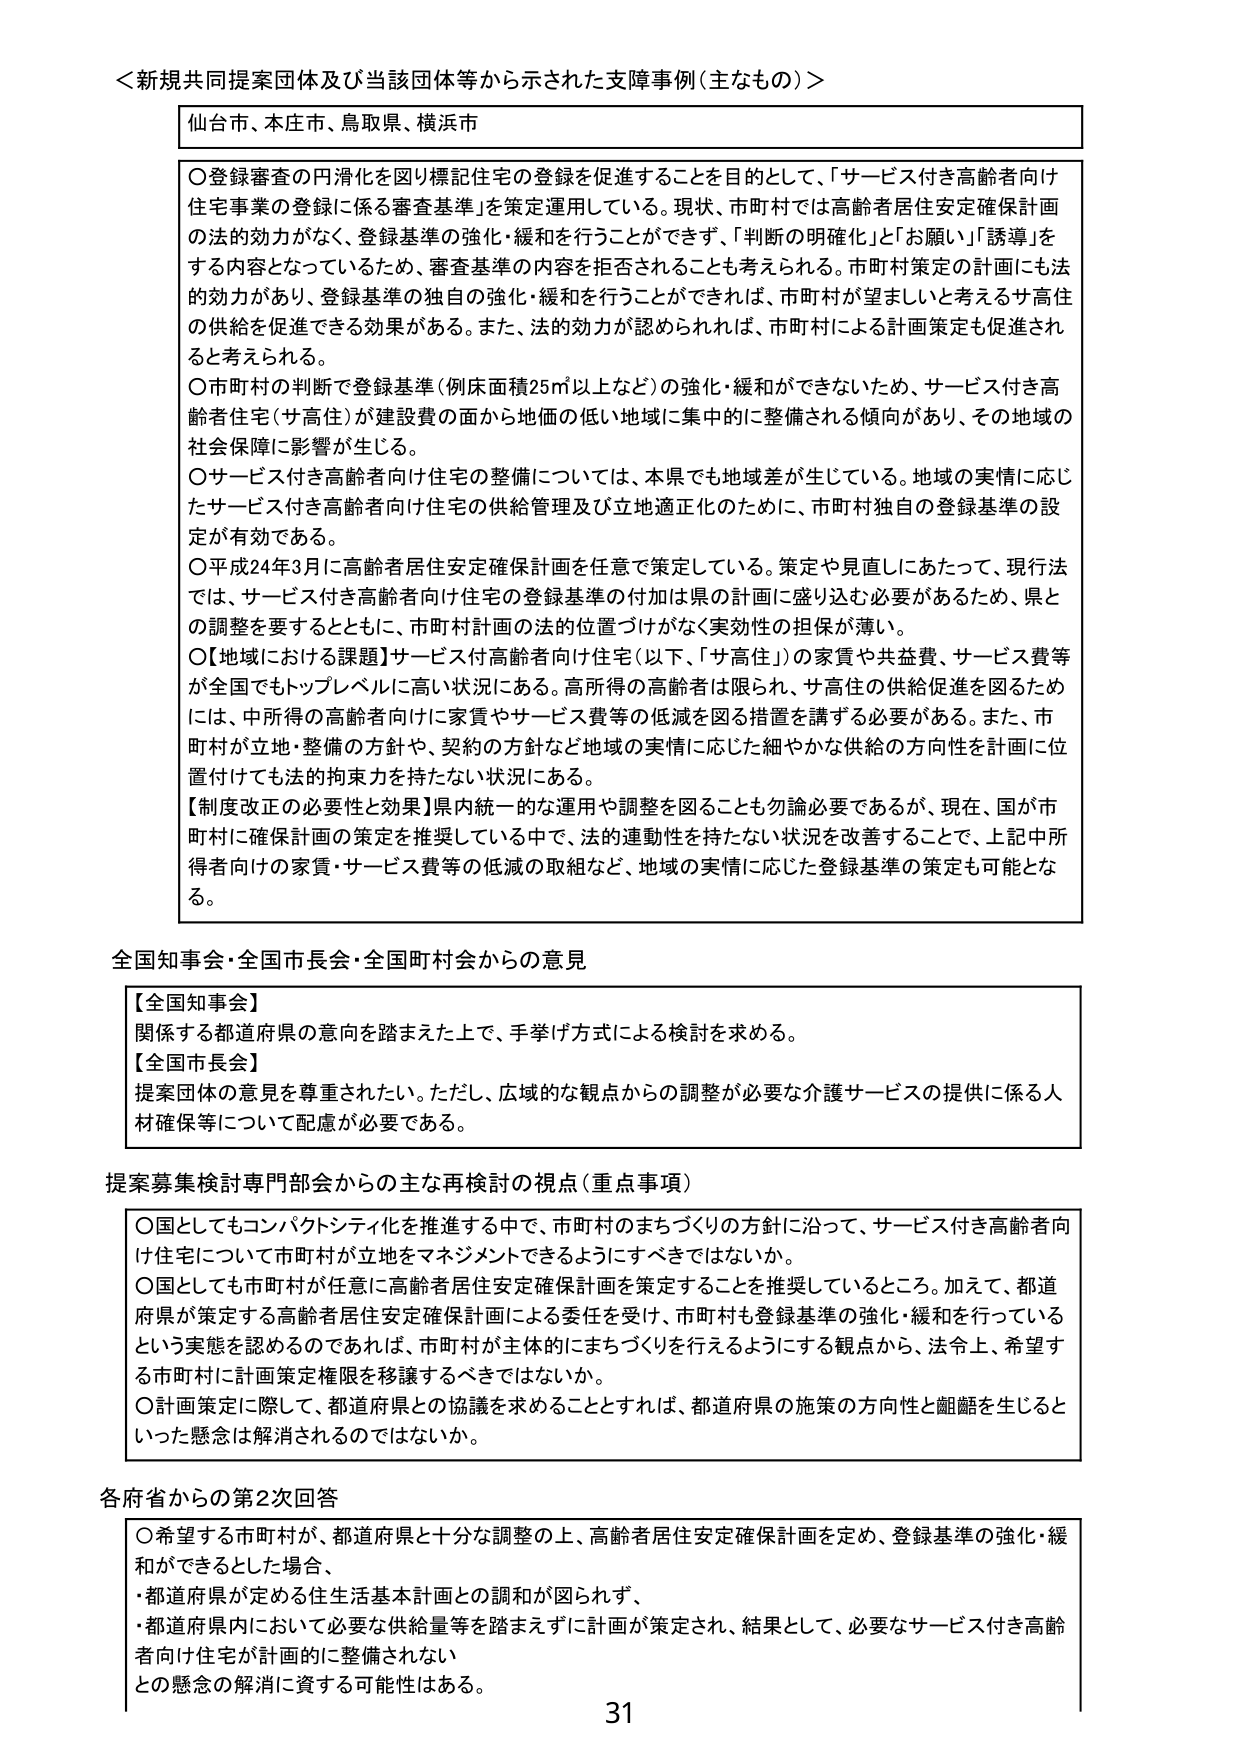
＜新規共同提案団体及び当該団体等から示された支障事例（主なもの）＞

仙台市、本庄市、鳥取県、横浜市

○登録審査の円滑化を図り標記住宅の登録を促進することを目的として、「サービス付き高齢者向け住宅事業の登録に係る審査基準」を策定運用している。現状、市町村では高齢者居住安定確保計画の法的効力がなく、登録基準の強化・緩和を行うことができず、「判断の明確化」と「お願い」「誘導」をする内容となっているため、審査基準の内容を拒否されることも考えられる。市町村策定の計画にも法的効力があり、登録基準の独自の強化・緩和を行うことができれば、市町村が望ましいと考えるサ高住の供給を促進できる効果がある。また、法的効力が認められれば、市町村による計画策定も促進されると考えられる。

○市町村の判断で登録基準（例床面積25㎡以上など）の強化・緩和ができないため、サービス付き高齢者住宅（サ高住）が建設費の面から地価の低い地域に集中的に整備される傾向があり、その地域の社会保障に影響が生じる。

○サービス付き高齢者向け住宅の整備については、本県でも地域差が生じている。地域の実情に応じたサービス付き高齢者向け住宅の供給管理及び立地適正化のために、市町村独自の登録基準の設定が有効である。

○平成24年3月に高齢者居住安定確保計画を任意で策定している。策定や見直しにあたって、現行法では、サービス付き高齢者向け住宅の登録基準の付加は県の計画に盛り込む必要があるため、県との調整を要するとともに、市町村計画の法的位置づけがなく実効性の担保が薄い。

○【地域における課題】サービス付高齢者向け住宅（以下、「サ高住」）の家賃や共益費、サービス費等が全国でもトップレベルに高い状況にある。高所得の高齢者は限られ、サ高住の供給促進を図るためには、中所得の高齢者向けに家賃やサービス費等の低減を図る措置を講ずる必要がある。また、市町村が立地・整備の方針や、契約の方針など地域の実情に応じた細やかな供給の方向性を計画に位置付けても法的拘束力を持たない状況にある。

【制度改正の必要性と効果】県内統一的な運用や調整を図ることも勿論必要であるが、現在、国が市町村に確保計画の策定を推奨している中で、法的連動性を持たない状況を改善することで、上記中所得者向けの家賃・サービス費等の低減の取組など、地域の実情に応じた登録基準の策定も可能となる。

全国知事会・全国市長会・全国町村会からの意見

【全国知事会】
関係する都道府県の意向を踏まえた上で、手挙げ方式による検討を求める。

【全国市長会】
提案団体の意見を尊重されたい。ただし、広域的な観点からの調整が必要な介護サービスの提供に係る人材確保等について配慮が必要である。

提案募集検討専門部会からの主な再検討の視点（重点事項）

○国としてもコンパクトシティ化を推進する中で、市町村のまちづくりの方針に沿って、サービス付き高齢者向け住宅について市町村が立地をマネジメントできるようにすべきではないか。

○国としても市町村が任意に高齢者居住安定確保計画を策定することを推奨しているところ。加えて、都道府県が策定する高齢者居住安定確保計画による委任を受け、市町村も登録基準の強化・緩和を行っているという実態を認めるのであれば、市町村が主体的にまちづくりを行えるようにする観点から、法令上、希望する市町村に計画策定権限を移譲するべきではないか。

○計画策定に際して、都道府県との協議を求めることとすれば、都道府県の施策の方向性と齟齬を生じるといった懸念は解消され得るのではないか。

各府省からの第2次回答

○希望する市町村が、都道府県と十分な調整の上、高齢者居住安定確保計画を定め、登録基準の強化・緩和ができるとした場合、
・都道府県が定める住生活基本計画との調和が図られず、
・都道府県内において必要な供給量等を踏まえずに計画が策定され、結果として、必要なサービス付き高齢者向け住宅が計画的に整備されない
との懸念の解消に資する可能性はある。

31